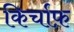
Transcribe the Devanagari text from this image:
किर्चाफ़